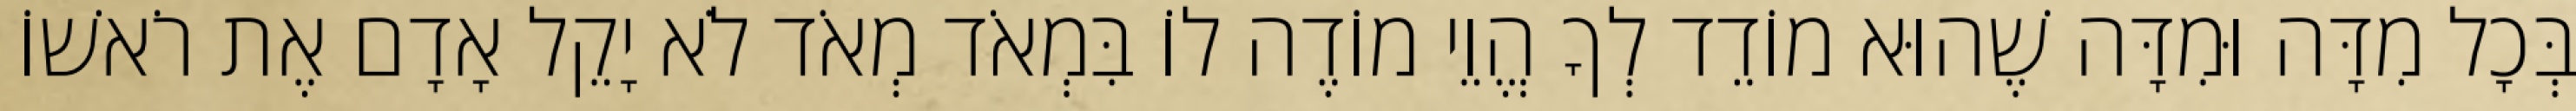
בְּכָל מִדָּה וּמִדָּה שֶׁהוּא מוֹדֵד לְךָ הֱוֵי מוֹדֶה לוֹ בִּמְאֹד מְאֹד לֹא יָקֵל אָדָם אֶת רֹאשׁוֹ